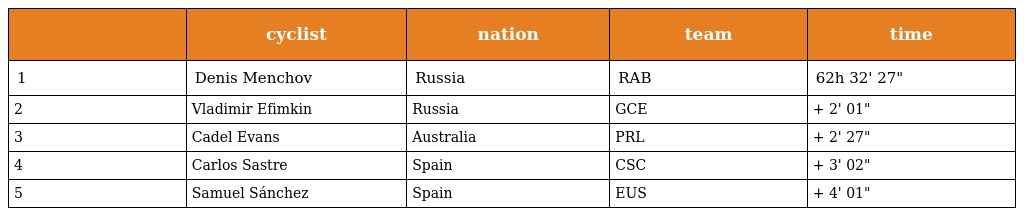
|  | cyclist | nation | team | time |
 | --- | --- | --- | --- | --- |
 | 1 | Denis Menchov | Russia | RAB | 62h 32' 27" |
 | 2 | Vladimir Efimkin | Russia | GCE | + 2' 01" |
 | 3 | Cadel Evans | Australia | PRL | + 2' 27" |
 | 4 | Carlos Sastre | Spain | CSC | + 3' 02" |
 | 5 | Samuel Sánchez | Spain | EUS | + 4' 01" |